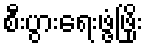
စီးပွားရေးဖွံ့ဖြိုး